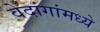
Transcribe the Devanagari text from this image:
वेदांगांमध्ये